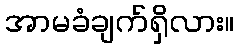
အာမခံချက်ရှိလား။